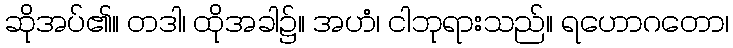
ဆိုအပ်၏။ တဒါ၊ ထိုအခါ၌။ အဟံ၊ ငါဘုရားသည်။ ရဟောဂတော၊